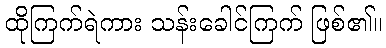
ထိုကြက်ရဲကား သန်းခေါင်ကြက် ဖြစ်၏။